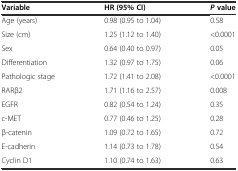
| Variable | HR (95% CI) | Pvalue |
 | --- | --- | --- |
 | Age (years) | 0.98 (0.95 to 1.04) | 0.58 |
 | Size (cm) | 1.25 (1.12 to 1.40) | <0.0001 |
 | Sex | 0.64 (0.40 to 0.97) | 0.05 |
 | Differentiation | 1.32 (0.97 to 1.75) | 0.06 |
 | Pathologic stage | 1.72 (1.41 to 2.08) | <0.0001 |
 | RARβ2 | 1.71 (1.16 to 2.57) | 0.008 |
 | EGFR | 0.82 (0.54 to 1.24) | 0.35 |
 | c-MET | 0.77 (0.46 to 1.25) | 0.28 |
 | β-catenin | 1.09 (0.72 to 1.65) | 0.72 |
 | E-cadherin | 1.14 (0.73 to 1.78) | 0.54 |
 | Cyclin D1 | 1.10 (0.74 to 1.63) | 0.63 |